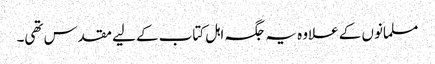
مسلمانوں کے علاوہ یہ جگہ اہل کتاب کے لیے مقدس تھی۔